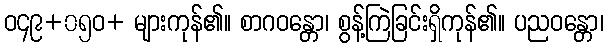
ဝ၄၉+၀၅ဝ+ များကုန်၏။ စာဂဝန္တော၊ စွန့်ကြဲခြင်းရှိကုန်၏။ ပညဝန္တော၊